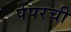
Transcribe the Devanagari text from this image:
पेपरची